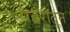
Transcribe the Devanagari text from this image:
पदरातुन